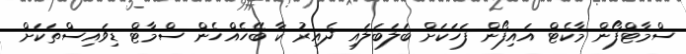
ސްމާޓްފޯން މާކެޓް އައިފޯން ފަހަކަށް ބަލަބަލައި ދެއިރު ކާ ބޭހެއްހެން ސްމާޓް ޑިވައިސްތަކަށް